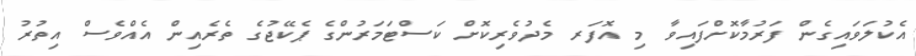
އެކުލަވައިގެން ފަރުމާކޮށްފައިވާ މި އޮފަރ މެދުވެރިކޮށް ކަސްޓަމަރުންގެ ޕެކޭޖުގެ ތެރެއިން އެއްވެސް އިތުރު